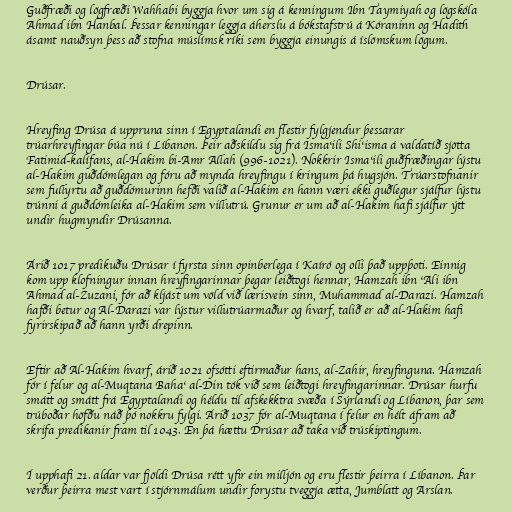
Guðfræði og lögfræði Wahhabi byggja hvor um sig á kenningum Ibn Taymiyah og lögskóla
Ahmad ibn Hanbal. Þessar kenningar leggja áherslu á bókstafstrú á Kóraninn og Hadith
ásamt nauðsyn þess að stofna múslímsk ríki sem byggja einungis á íslömskum lögum.

Drúsar.

Hreyfing Drúsa á uppruna sinn í Egyptalandi en flestir fylgjendur þessarar
trúarhreyfingar búa nú í Líbanon. Þeir aðskildu sig frá Isma‘ili Shi‘isma á valdatíð sjötta
Fatimid-kalífans, al-Hakim bi-Amr Allah (996-1021). Nokkrir Isma‘ili guðfræðingar lýstu
al-Hakim guðdómlegan og fóru að mynda hreyfingu í kringum þá hugsjón. Trúarstofnanir
sem fullyrtu að guðdómurinn hefði valið al-Hakim en hann væri ekki guðlegur sjálfur lýstu
trúnni á guðdómleika al-Hakim sem villutrú. Grunur er um að al-Hakim hafi sjálfur ýtt
undir hugmyndir Drúsanna.

Árið 1017 predikuðu Drúsar í fyrsta sinn opinberlega í Kaíró og olli það uppþoti. Einnig
kom upp klofningur innan hreyfingarinnar þegar leiðtogi hennar, Hamzah ibn ‘Ali ibn
Ahmad al-Zuzani, fór að kljást um völd við lærisvein sinn, Muhammad al-Darazi. Hamzah
hafði betur og Al-Darazi var lýstur villutrúarmaður og hvarf, talið er að al-Hakim hafi
fyrirskipað að hann yrði drepinn.

Eftir að Al-Hakim hvarf, árið 1021 ofsótti eftirmaður hans, al-Zahir, hreyfinguna. Hamzah
fór í felur og al-Muqtana Baha‘ al-Din tók við sem leiðtogi hreyfingarinnar. Drúsar hurfu
smátt og smátt frá Egyptalandi og héldu til afskekktra svæða í Sýrlandi og Líbanon, þar sem
trúboðar höfðu náð þó nokkru fylgi. Árið 1037 fór al-Muqtana í felur en hélt áfram að
skrifa predikanir fram til 1043. En þá hættu Drúsar að taka við trúskiptingum.

Í upphafi 21. aldar var fjöldi Drúsa rétt yfir ein milljón og eru flestir þeirra í Líbanon. Þar
verður þeirra mest vart í stjórnmálum undir forystu tveggja ætta, Jumblatt og Arslan.